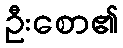
ဦးစော၏